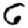
Digit: 6